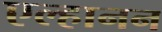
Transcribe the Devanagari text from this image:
एल्हानन